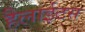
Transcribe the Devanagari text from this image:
हैलाईटस